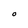
Character: O